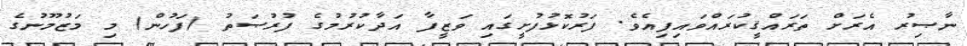
ނާޞިރު އެރަށް ތަރައްޤީކުރައްވައިފިއެވެ. ފަރުކޮޅުފުށީގައި ވަޒީފާ އަދާކުރުމުގެ ފުރުޞަތު (ފަހުން) މި މަޒުމޫނުގެ